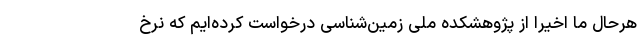
هرحال ما اخیرا از پژوهشکده ملی زمین‌شناسی درخواست کرده‌ایم که نرخ